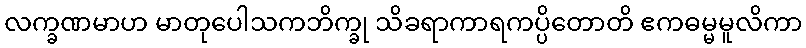
လက္ခဏမာဟ မာတုပေါသကဘိက္ခု သိခရာကာရကပ္ပိတောတိ ဧကဓမ္မမူလိကာ